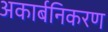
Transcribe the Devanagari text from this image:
अकार्बनिकरण